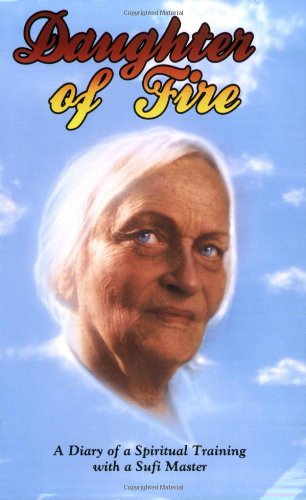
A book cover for Daughter of Fire: A Diary of a Spiritual Training with a Sufi Master; Irina Tweedie; Self-Help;